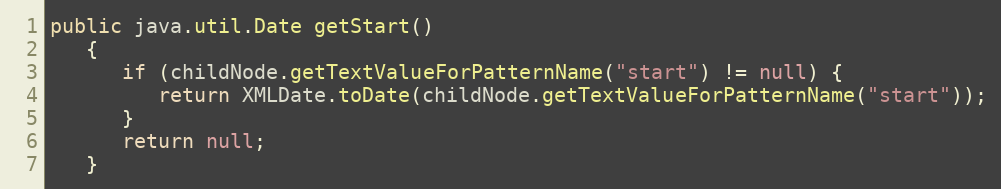
Language: Java
public java.util.Date getStart()
   {
      if (childNode.getTextValueForPatternName("start") != null) {
         return XMLDate.toDate(childNode.getTextValueForPatternName("start"));
      }
      return null;
   }